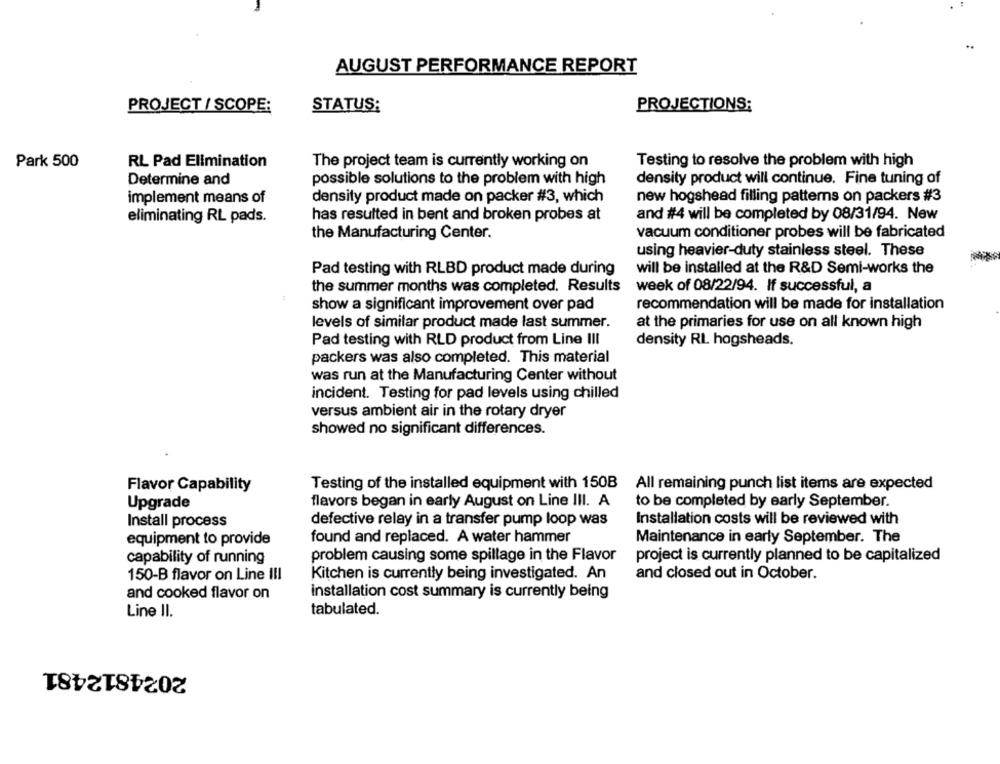
AUGUST PERFORMANCE REPORT
PROJECTIONS:
PROJECT / SCOPE:
STATUS:
Park 500
RL Pad Elimination
The project team is currently working on
Testing to resolve the problem with high
Determine and
possible solutions to the problem with high
density product will continue. Fine tuning of
implement means of
density product made on packer #3, which
new hogshead filling patterns on packers #3
eliminating RL pads.
has resulted in bent and broken probes at
and #4 will be completed by 08/31/94. New
the Manufacturing Center.
vacuum conditioner probes will be fabricated
using heavier-duty stainless steel. These
Pad testing with RLBD product made during
will be installed at the R&D Semi-works the
the summer months was completed. Results
week of 08/22/94. If successful, a
recommendation will be made for installation
show a significant improvement over pad
levels of similar product made last summer.
at the primaries for use on all known high
Pad testing with RLD product from Line III
density RI. hogsheads.
packers was also completed. This material
was run at the Manufacturing Center without
incident. Testing for pad levels using chilled
versus ambient air in the rotary dryer
showed no significant differences.
Flavor Capability
Testing of the installed equipment with 150B
All remaining punch list items are expected
Upgrade
flavors began in early August on Line III. A
to be completed by early September.
Install process
defective relay in a transfer pump loop was
Installation costs will be reviewed with
equipment to provide
found and replaced. A water hammer
Maintenance in early September. The
problem causing some spillage in the Flavor
project is currently planned to be capitalized
capability of running
150-B flavor on Line III
Kitchen is currently being investigated. An
and closed out in October.
and cooked flavor on
installation cost summary is currently being
tabulated.
Line II.
2024812481